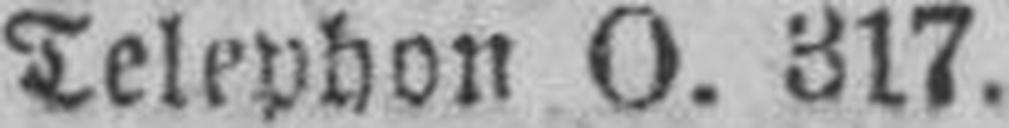
TeIephon O. 317.